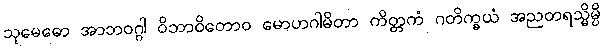
သုမေဓော အာဘဝဂ္ဂါ ဝိဘာဝိတောဝ မောဟဂါမိတာ ကိတ္တကံ ဂတိက္ခယံ အညတရသ္မိမ္ပိ